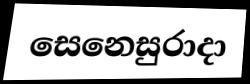
සෙනෙසුරාදා